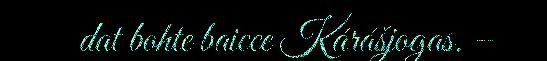
dat bohte baicce Kárášjogas. –